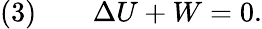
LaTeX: {\mathrm{(3)}}\qquad\Delta U+W=0.